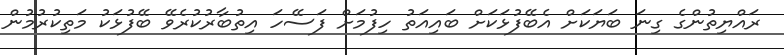
ރައްޔިތުންގެ ގިނަ ބަޔަކަށް އެބޭފުޅަކަށް ބައިއަތު ހިފުމަށް ފަސޭހަ އިތުބާރުކުރެވޭ ބޭފުޅަކު މަތިކުރުމުން